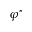
\varphi ^ { * }